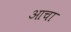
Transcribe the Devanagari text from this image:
आचा